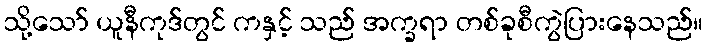
သို့သော် ယူနီကုဒ်တွင် ကနှင့် သည် အက္ခရာ တစ်ခုစီကွဲပြားနေသည်။